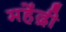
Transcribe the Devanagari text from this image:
महेंद्री